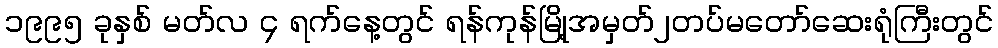
၁၉၉၅ ခုနှစ် မတ်လ ၄ ရက်နေ့တွင် ရန်ကုန်မြို့အမှတ်၂တပ်မတော်ဆေးရုံကြီးတွင်